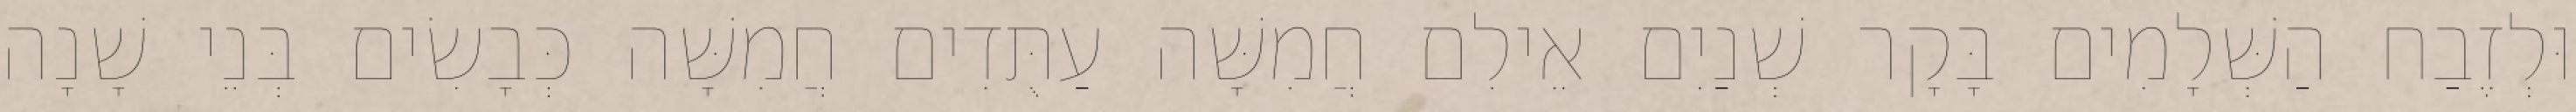
וּלְזֶבַח הַשְּׁלָמִים בָּקָר שְׁנַיִם אֵילִם חֲמִשָּׁה עַתֻּדִים חֲמִשָּׁה כְּבָשִׂים בְּנֵי שָׁנָה